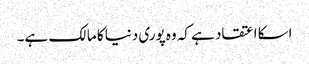
اسکا اعتقاد ہے کہ وه پوری دنیا کا مالک ہے۔